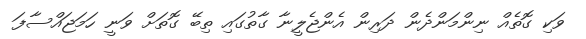
ވަކި ގޮތެއް ނިންމަންދެން ދަރިން އެންޖެލީނާ ގާތުގައި ތިބޭ ގޮތަށް ވަނީ ހަމަޖައްސާފަ